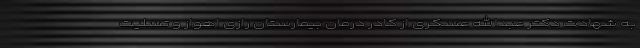
به شهادت دکتر عبدالله عسکری از کادر درمان بیمارستان رازی اهواز و تسلیت